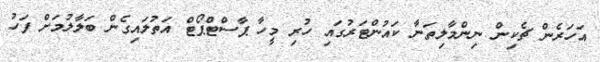
އަހަރެން ޗެކިން ނިންމާލިތަނާ ކައުންޓަރުގައި ހުރި މީހާ ޕާސްޓްޕޯޓް އަތުލައިގެން ބަލާލުމަށް ފަހު